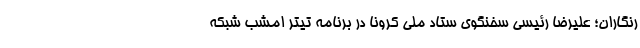
رنگاران؛ علیرضا رئیسی سخنگوی ستاد ملی کرونا در برنامه تیتر امشب شبکه